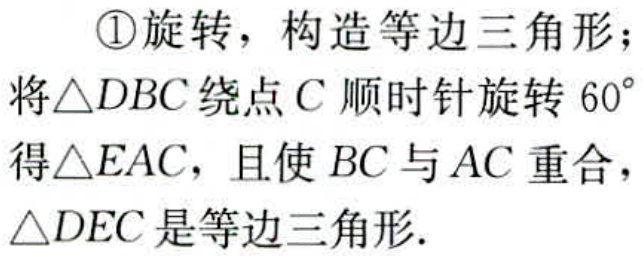
\textcircled{1}旋转，构造等边三角形；

将$\triangle DBC$绕点$C$顺时针旋转$60^{\circ}$

得$\triangle EAC$，且使$BC$与$AC$重合，

$\triangle DEC$是等边三角形.